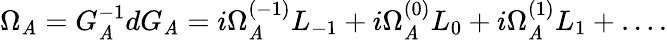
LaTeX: \Omega_{\cal\mathit{A}}=G_{\cal\mathit{A}}^{-1}dG_{\cal\mathit{A}}=i\Omega_{\cal\mathit{A}}^{(-1)}L_{-1}+i\Omega_{\cal\mathit{A}}^{(0)}L_{0}+i\Omega_{\cal\mathit{A}}^{(1)}L_{1}+\ldots.